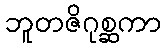
ဘူတဇိဂုစ္ဆကာ